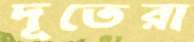
দূতেরা